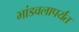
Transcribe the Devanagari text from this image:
भांडवलापर्यंत